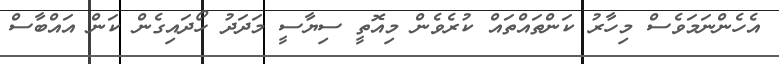
އެހެންނަމަވެސް މިހާރު ކަންތައްތައް ކުރެވެން މިއޮތީ ސިޔާސީ މަދަދު ހޯދައިގެން ކަން އައްބާސް